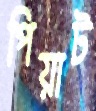
পিয়াট